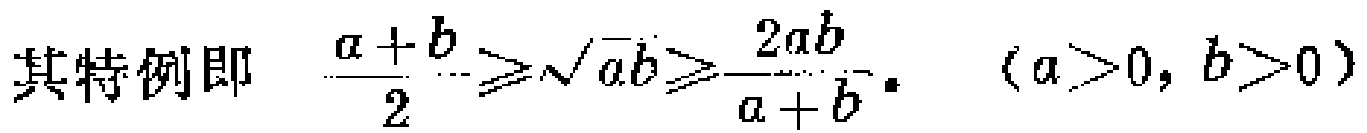
其特例即 $\frac{a + b}{2} \geqslant \sqrt{ab} \geqslant \frac{2ab}{a + b} .\ \ (a > 0, b > 0)$